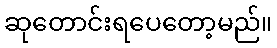
ဆုတောင်းရပေတော့မည်။